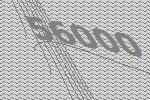
56000